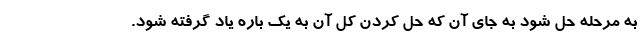
به مرحله حل شود به جای آن که حل کردن کل آن به یک باره یاد گرفته شود.